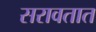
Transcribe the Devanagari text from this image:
सरावतात